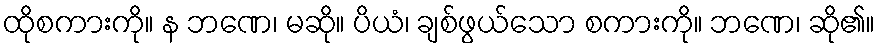
ထိုစကားကို။ န ဘဏေ၊ မဆို။ ပိယံ၊ ချစ်ဖွယ်သော စကားကို။ ဘဏေ၊ ဆို၏။